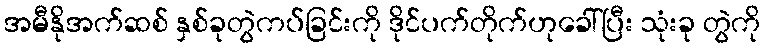
အမီနိုအက်ဆစ် နှစ်ခုတွဲကပ်ခြင်းကို ဒိုင်ပက်တိုက်ဟုခေါ်ပြီး သုံးခု တွဲကို